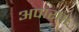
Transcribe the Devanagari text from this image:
अपारा।।